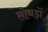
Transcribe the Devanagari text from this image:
लोथड़ों